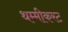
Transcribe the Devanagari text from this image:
थम्मीकरट